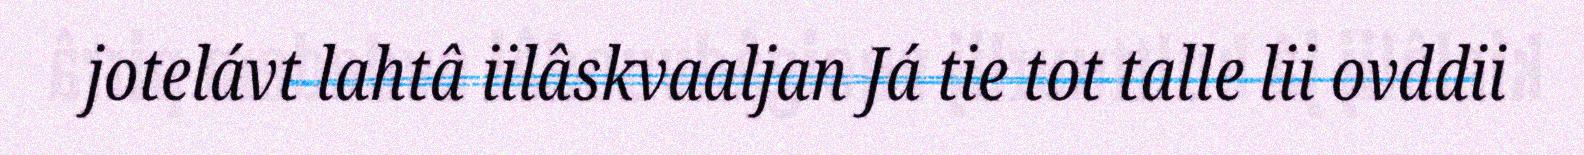
jotelávt lahtâ iilâskvaaljan Já tie tot talle lii ovddii